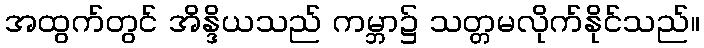
အထွက်တွင် အိန္ဒိယသည် ကမ္ဘာ၌ သတ္တမလိုက်နိုင်သည်။